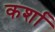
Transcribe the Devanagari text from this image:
कर्शा